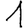
Digit: 1